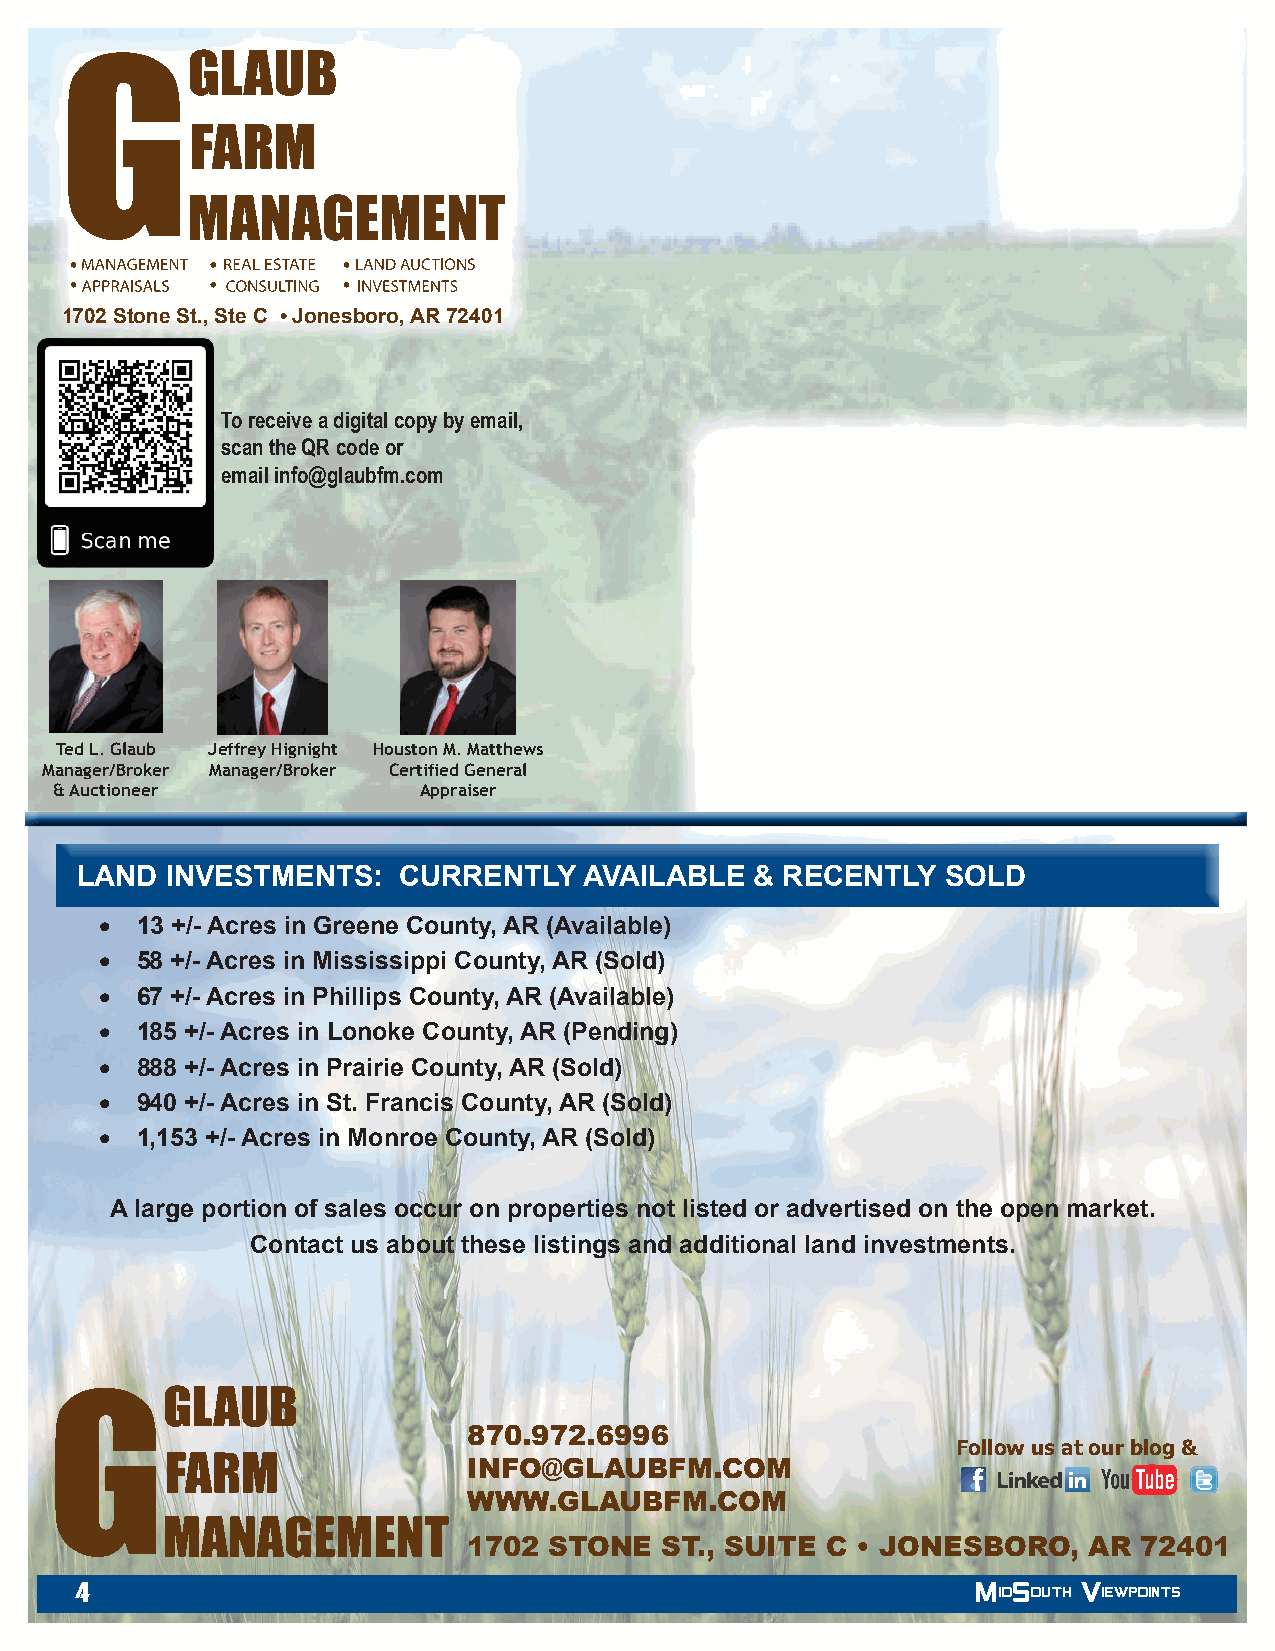
1702 Stone St., Ste C • Jonesboro, AR 72401
 To receive a digital copy by email,
 scan the QR code or
 email info@glaubfm.com
 Ted L. Glaub Jeffrey Hignight Houston M. Matthews
 Manager/Broker Manager/Broker Certified General
 & Auctioneer            Appraiser
 LAND  INVESTMENTS:   CURRENTLY    AVAILABLE  & RECENTLY   SOLD
 • 13 +/- Acres in Greene County, AR (Available)
 • 58 +/- Acres in Mississippi County, AR (Sold)
 • 67 +/- Acres in Phillips County, AR (Available)
 • 185 +/- Acres in Lonoke County, AR (Pending)
 • 888 +/- Acres in Prairie County, AR (Sold)
 • 940 +/- Acres in St. Francis County, AR (Sold)
 • 1,153 +/- Acres in Monroe County, AR (Sold)
 A large portion of sales occur on properties not listed or advertised on the open market.
 Contact us about these listings and additional land investments.
 870.972.6996
 Follow us at our blog &
 INFO@GLAUBFM.COM
 WWW.GLAUBFM.COM
 1702 STONE   ST., SUITE C • JONESBORO,   AR 72401
 4                                                           MidSouth Viewpoints